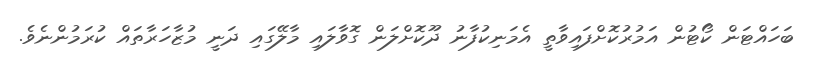
ބަހައްޓަން ކޯޓުން އަމުރުކޮށްފައިވާތީ އެމަނިކުފާނު ދޫކޮށްލަން ގޮވާލައި މާލޭގައި ދަނީ މުޒާހަރާތައް ކުރަމުންނެވެ.